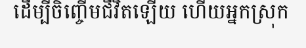
ដើម្បីចិញ្ចើមជីវិតឡើយ ហើយអ្នកស្រុក